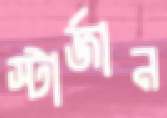
স্টার্জান